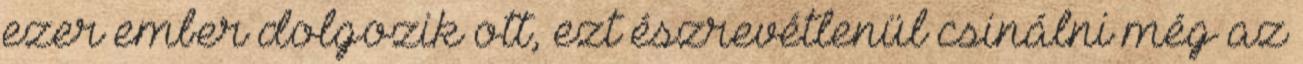
ezer ember dolgozik ott, ezt észrevétlenül csinálni még az